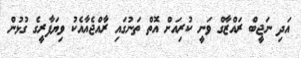
އަދި ނަޖީބް ރައްޒާގް ވަނީ ކުރިއަށް އޮތް ތަނުގައި ރާއްޖެއާއެކު ވިޔަފާރީގެ ގުޅުން